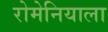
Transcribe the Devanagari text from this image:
रोमेनियाला